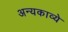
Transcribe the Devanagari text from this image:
अन्यकाव्ये